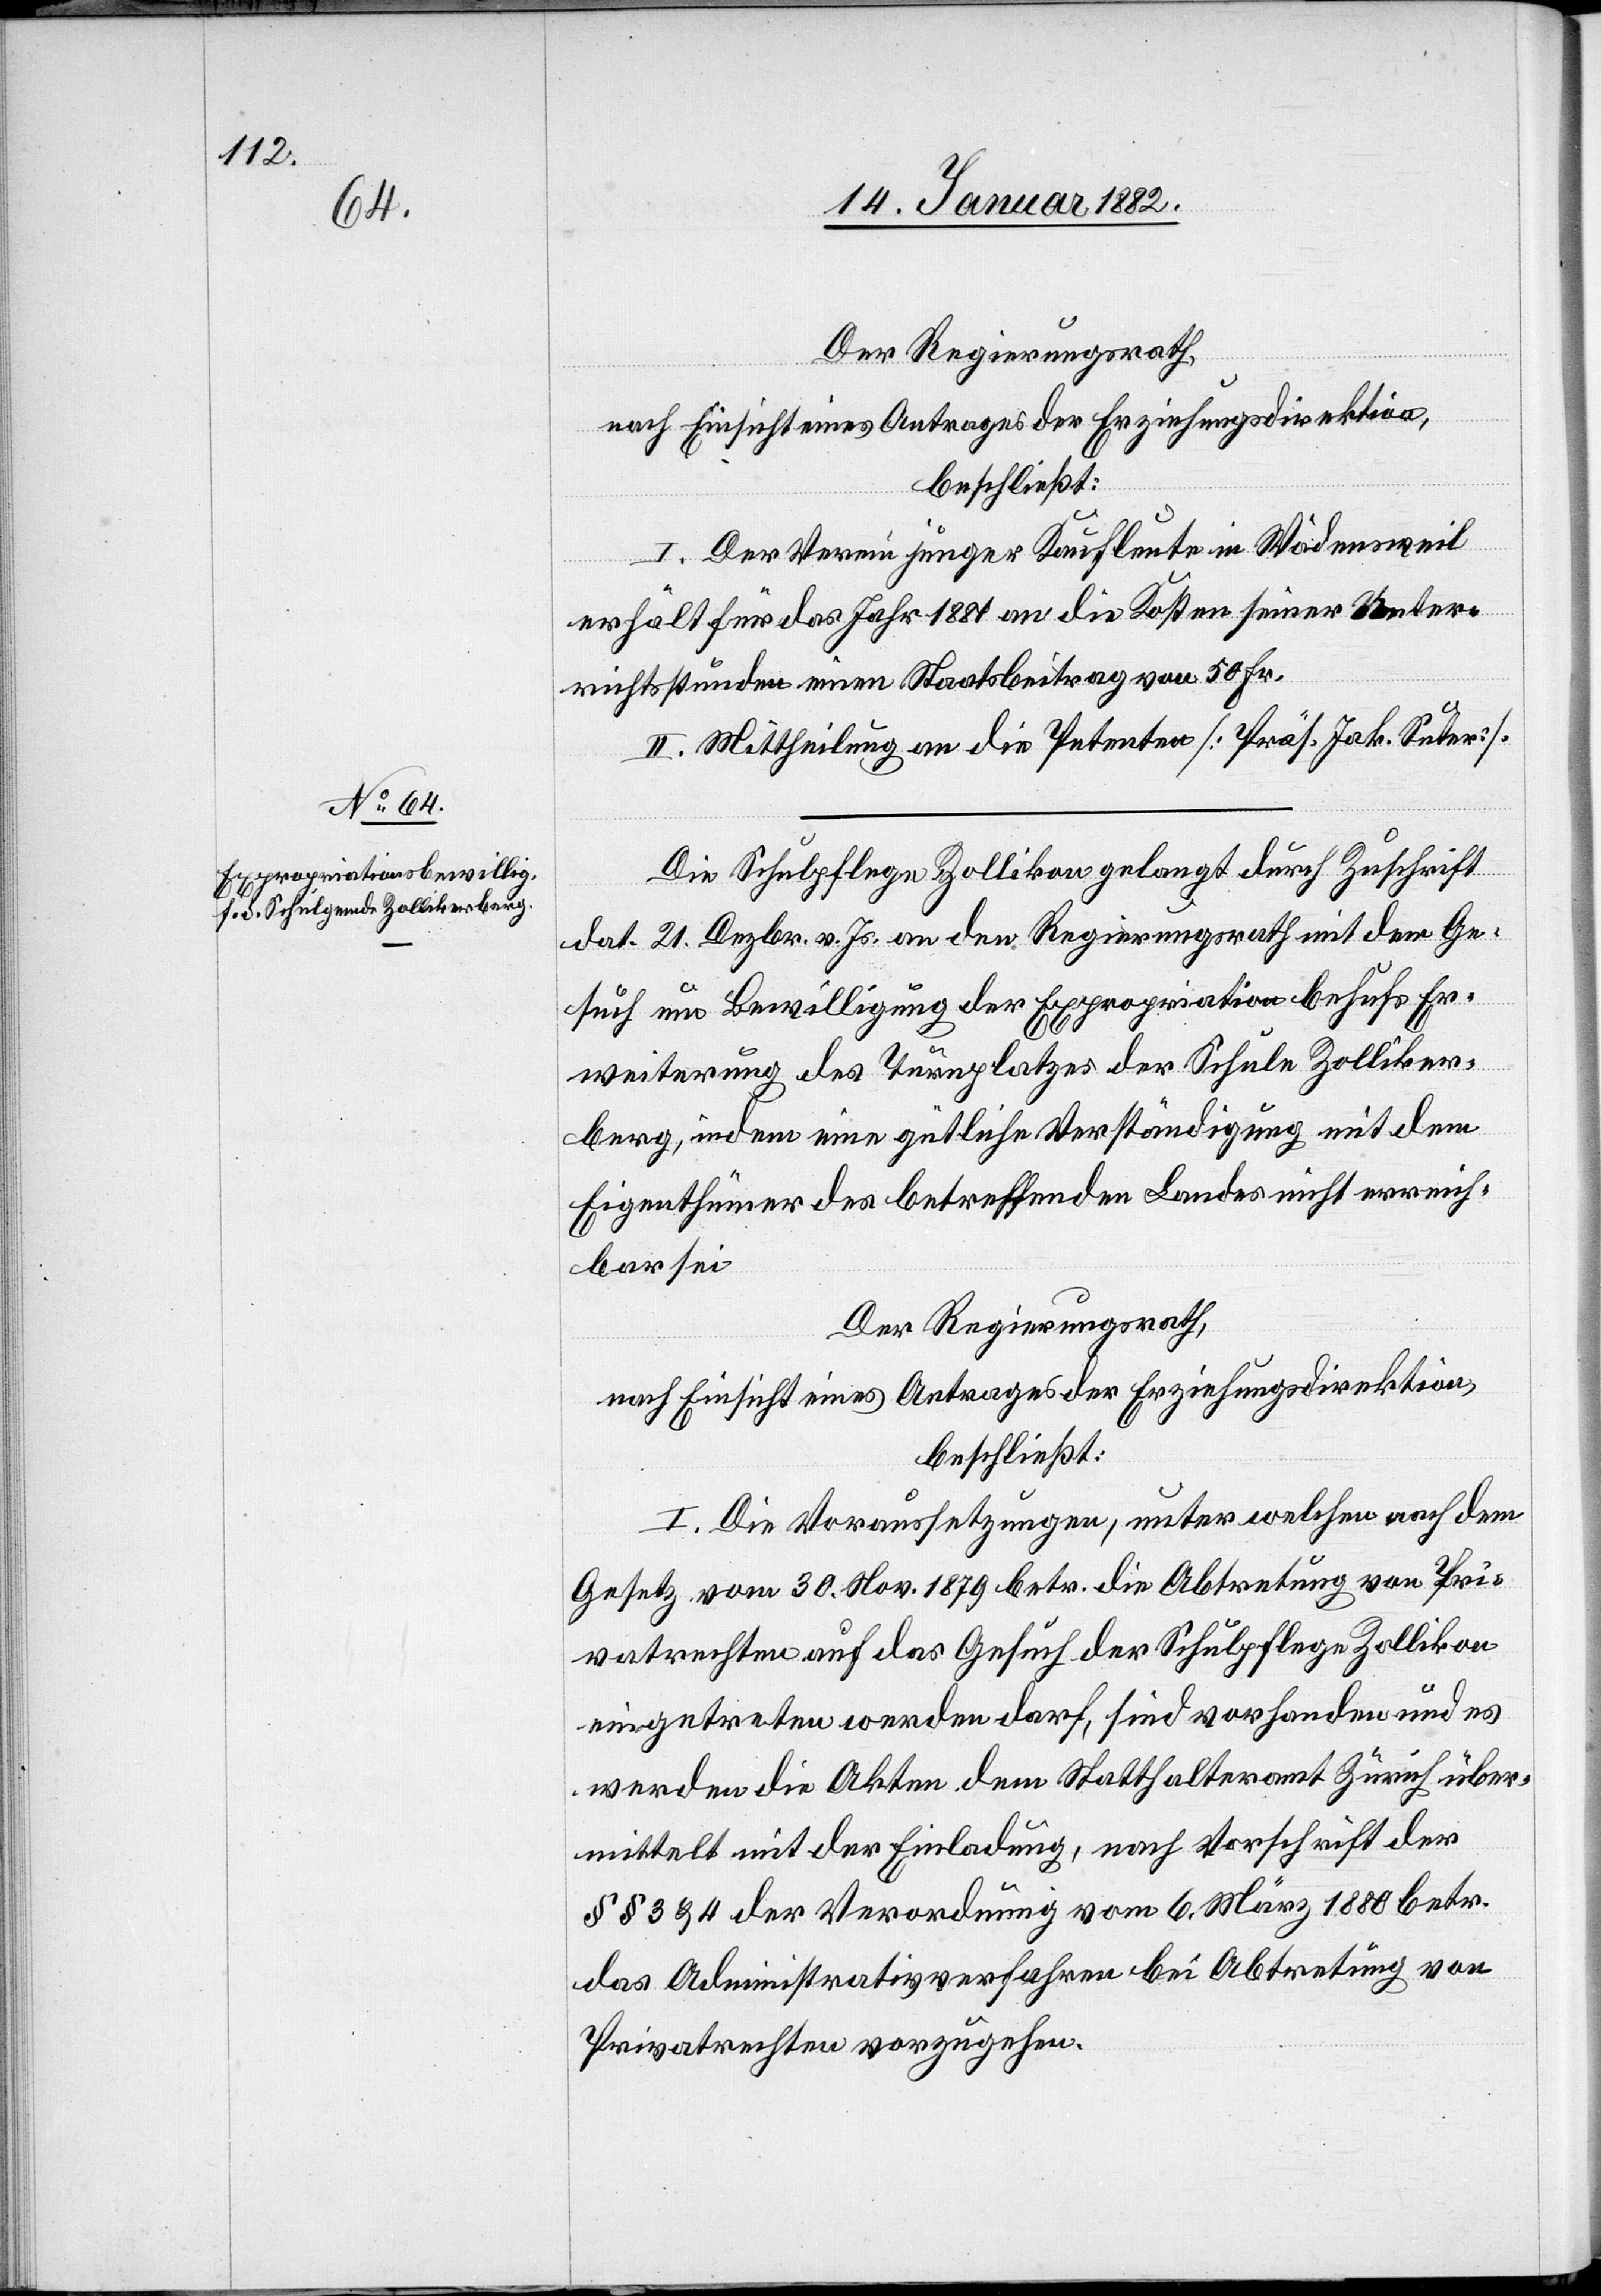
Der Regierungsrath,
nach Einsicht eines Antrages der Erziehungsdirektion,
beschließt:
I. Der Verein junger Kaufleute in Wädenswil
erhält für das Jahr 1881 an die Kosten seiner Unter¬
richtstunden einen Staatsbeitrag von 50 Fr.
II. Mittheilung an die Petenten [Präs. Jak. Suter].
Die Schulpflege Zollikon gelangt durch Zuschrift
dat. 21. Dezbr. v. Js. an den Regierungsrath mit dem Ge¬
such um Bewilligung der Expropriation behufs Er¬
weiterung des Turnplatzes der Schule Zolliker¬
berg, indem eine gütliche Verständigung mit dem
Eigenthümer des betreffenden Landes nicht verein¬
bar sei.
Der Regierungsrath,
nach Einsicht eines Antrags der Erziehungsdirektion,
beschließt:
I. Die Voraussetzungen, unter welchen nach dem
Gesetz vom 30. Nov. 1879 betr. Abtretung von Pri¬
vatrechten auf das Gesuch der Schulpflege Zollikon
eingetreten werden darf, sind vorhanden und es
werden die Akten dem Statthalteramt Zürich über¬
mittelt mit der Einladung, nach Vorschrift der
§§ 3 & 4 der Verordnung vom 6. März 1880 betr.
das Administrativverfahren bei Abtretung von
Privatrechten vorzugehen.